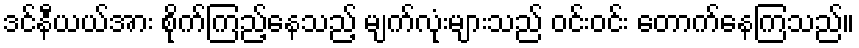
ဒင်နီယယ်အား စိုက်ကြည့်နေသည့် မျက်လုံးများသည် ဝင်းဝင်း တောက်နေကြသည်။